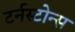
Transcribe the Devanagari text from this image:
टर्नस्टोन्स